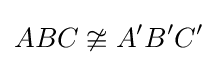
ABC\ncong A'B'C'